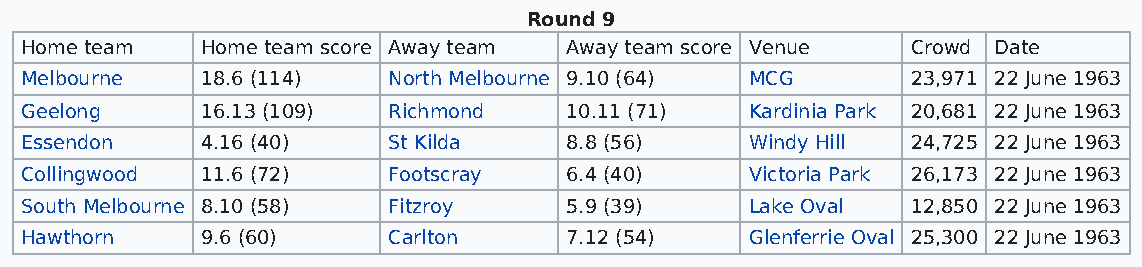
Round 9
 Home team   Home team score Away team Away team score Venue Crowd Date
 Melbourne   18.6 (114)   North Melbourne 9.10 (64) MCG     23,971 22 June 1963
 Geelong     16.13 (109)  Richmond   10.11 (71)   Kardinia Park 20,681 22 June 1963
 Essendon    4.16 (40)    St Kilda   8.8 (56)     Windy Hill 24,725 22 June 1963
 Collingwood 11.6 (72)    Footscray  6.4 (40)     Victoria Park 26,173 22 June 1963
 South Melbourne 8.10 (58) Fitzroy   5.9 (39)     Lake Oval 12,850 22 June 1963
 Hawthorn    9.6 (60)     Carlton    7.12 (54)    Glenferrie Oval 25,300 22 June 1963